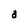
Character: a